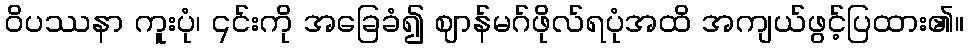
ဝိပဿနာ ကူးပုံ၊ ၎င်းကို အခြေခံ၍ ဈာန်မဂ်ဖိုလ်ရပုံအထိ အကျယ်ဖွင့်ပြထား၏။